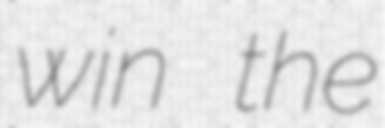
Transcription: win the